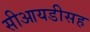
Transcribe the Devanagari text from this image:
सीआयडीसह